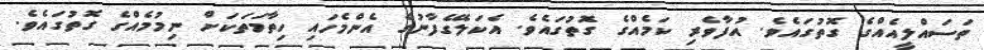
ތަސައްލީއެއްގެ ގޮތުގައެވެ. އުފާވެރި ކަމެއްގެ ގޮތުގައެވެ. އެކަލޭގެފާނުގެ އެންމެހައި ހިތާމަތަކަށް ނިމުމެއްގެ ގޮތުގައެވެ.